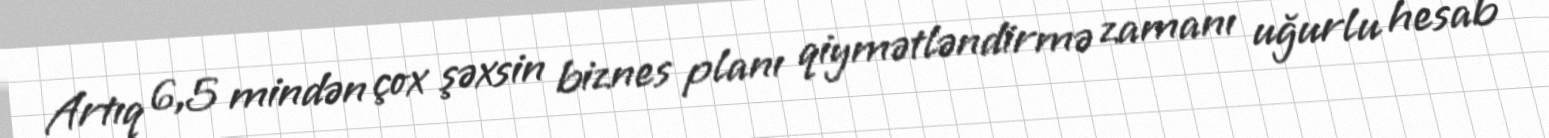
Artıq 6,5 mindən çox şəxsin biznes planı qiymətləndirmə zamanı uğurlu hesab